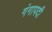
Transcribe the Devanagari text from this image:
गंगापदी